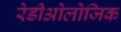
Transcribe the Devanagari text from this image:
रेडीओलोजिक